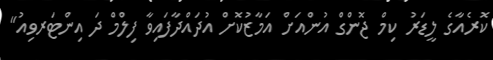
ކޮރެއާގެ ލީޑަރު ކިމް ޖޮންގް އުންއަށް އަމާޒުކޮށް އުދައްދާފައިވާ ފިލްމް ދަ އިންޓަރވިއު"